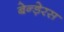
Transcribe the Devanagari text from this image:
बेन्ड़ेरस